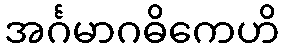
အင်္ဂမာဂဓိကေဟိ